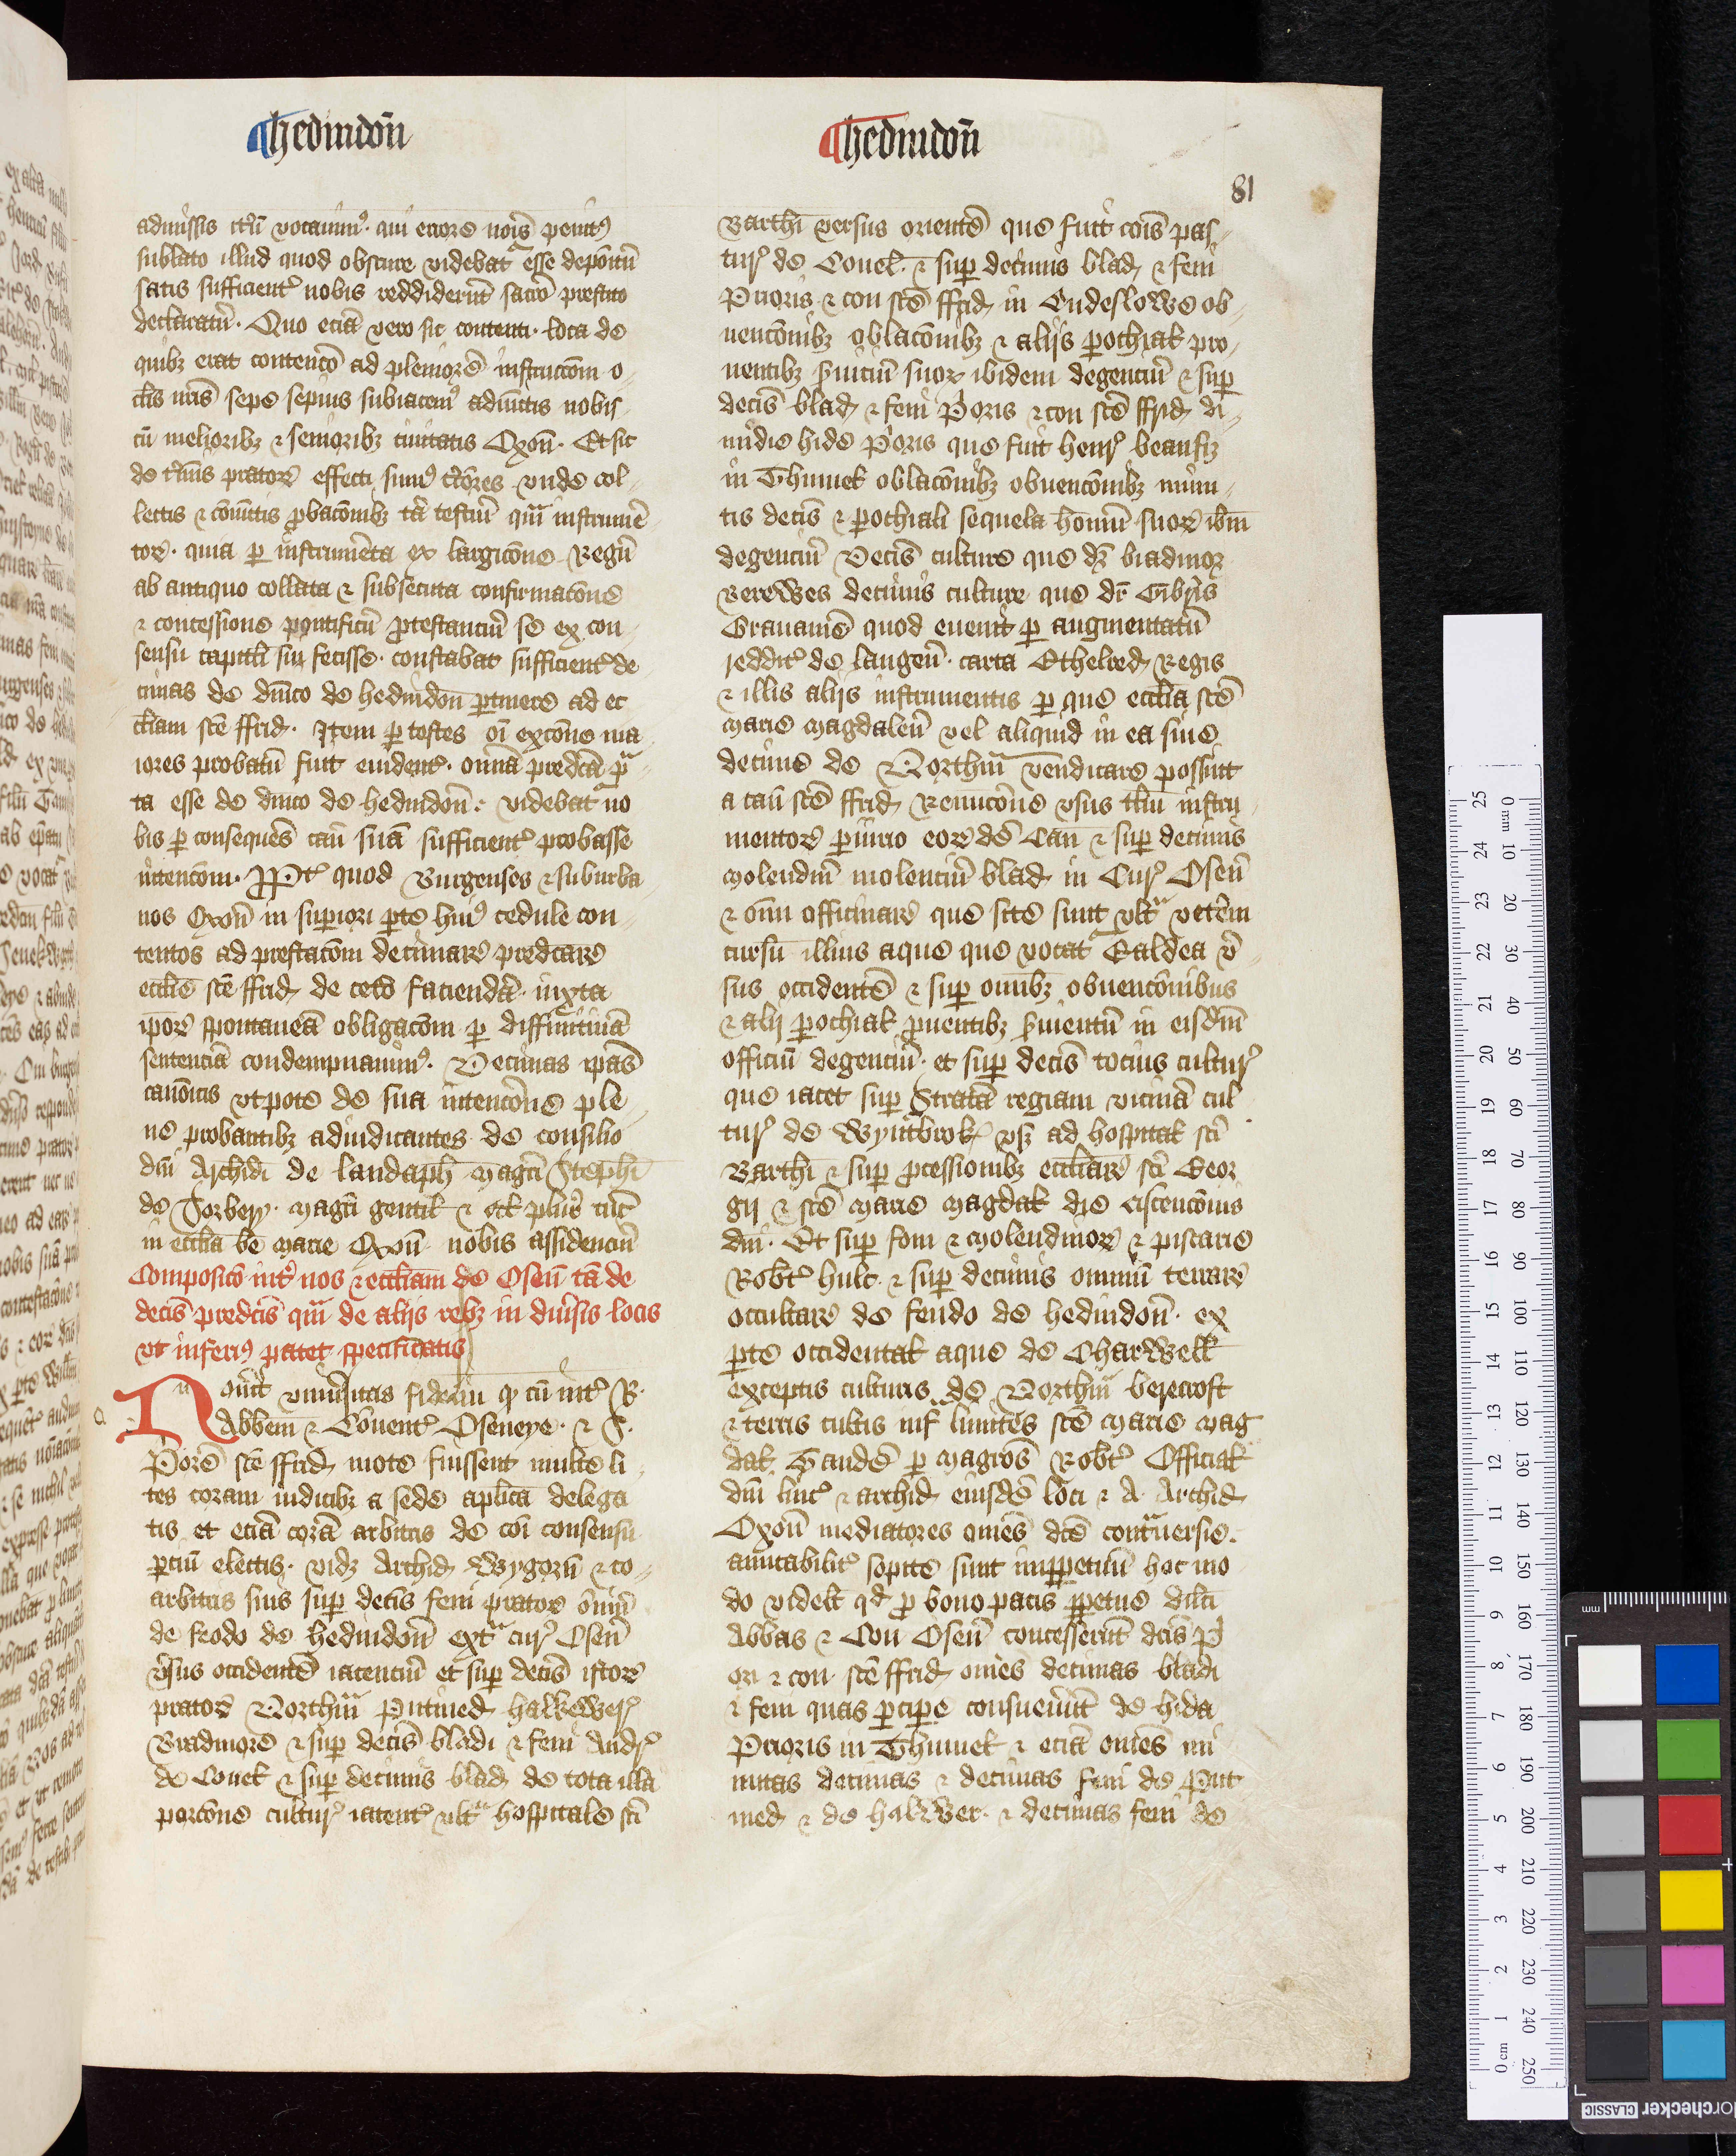
Shelfmark: Oxford, Christ Church Archives, D&C VI.1
Century: 14